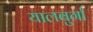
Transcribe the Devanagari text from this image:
यालबुर्गा